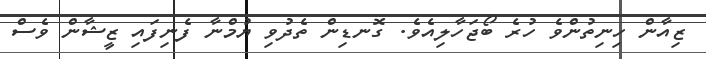
ޒިއާން ހިނިތުންވެ ހުރެ ބޯޖަހާލިއެވެ. ގޮނޑިން ތެދުވި ޔުމްނާ ފެނިފައި ޒީޝާން ވެސް